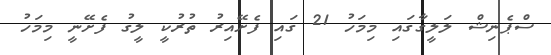
ސްޕެނިޝް ލަލީގާގައި މިމަހު 21 ގައި ފެށޭއިރު ތުރުކީ ލީގު ފެށޭނީ މިމަހު